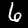
Digit: 6